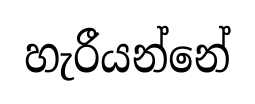
හැරීයන්නේ